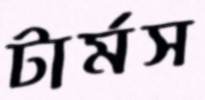
টার্মস